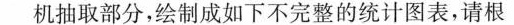
机抽取部分，绘制成如下不完整的统计图表，请根